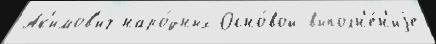
Ак'имов'ич наро́дных Осно́вой выполн'е́н'иjе